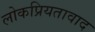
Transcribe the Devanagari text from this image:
लोकप्रियतावाद